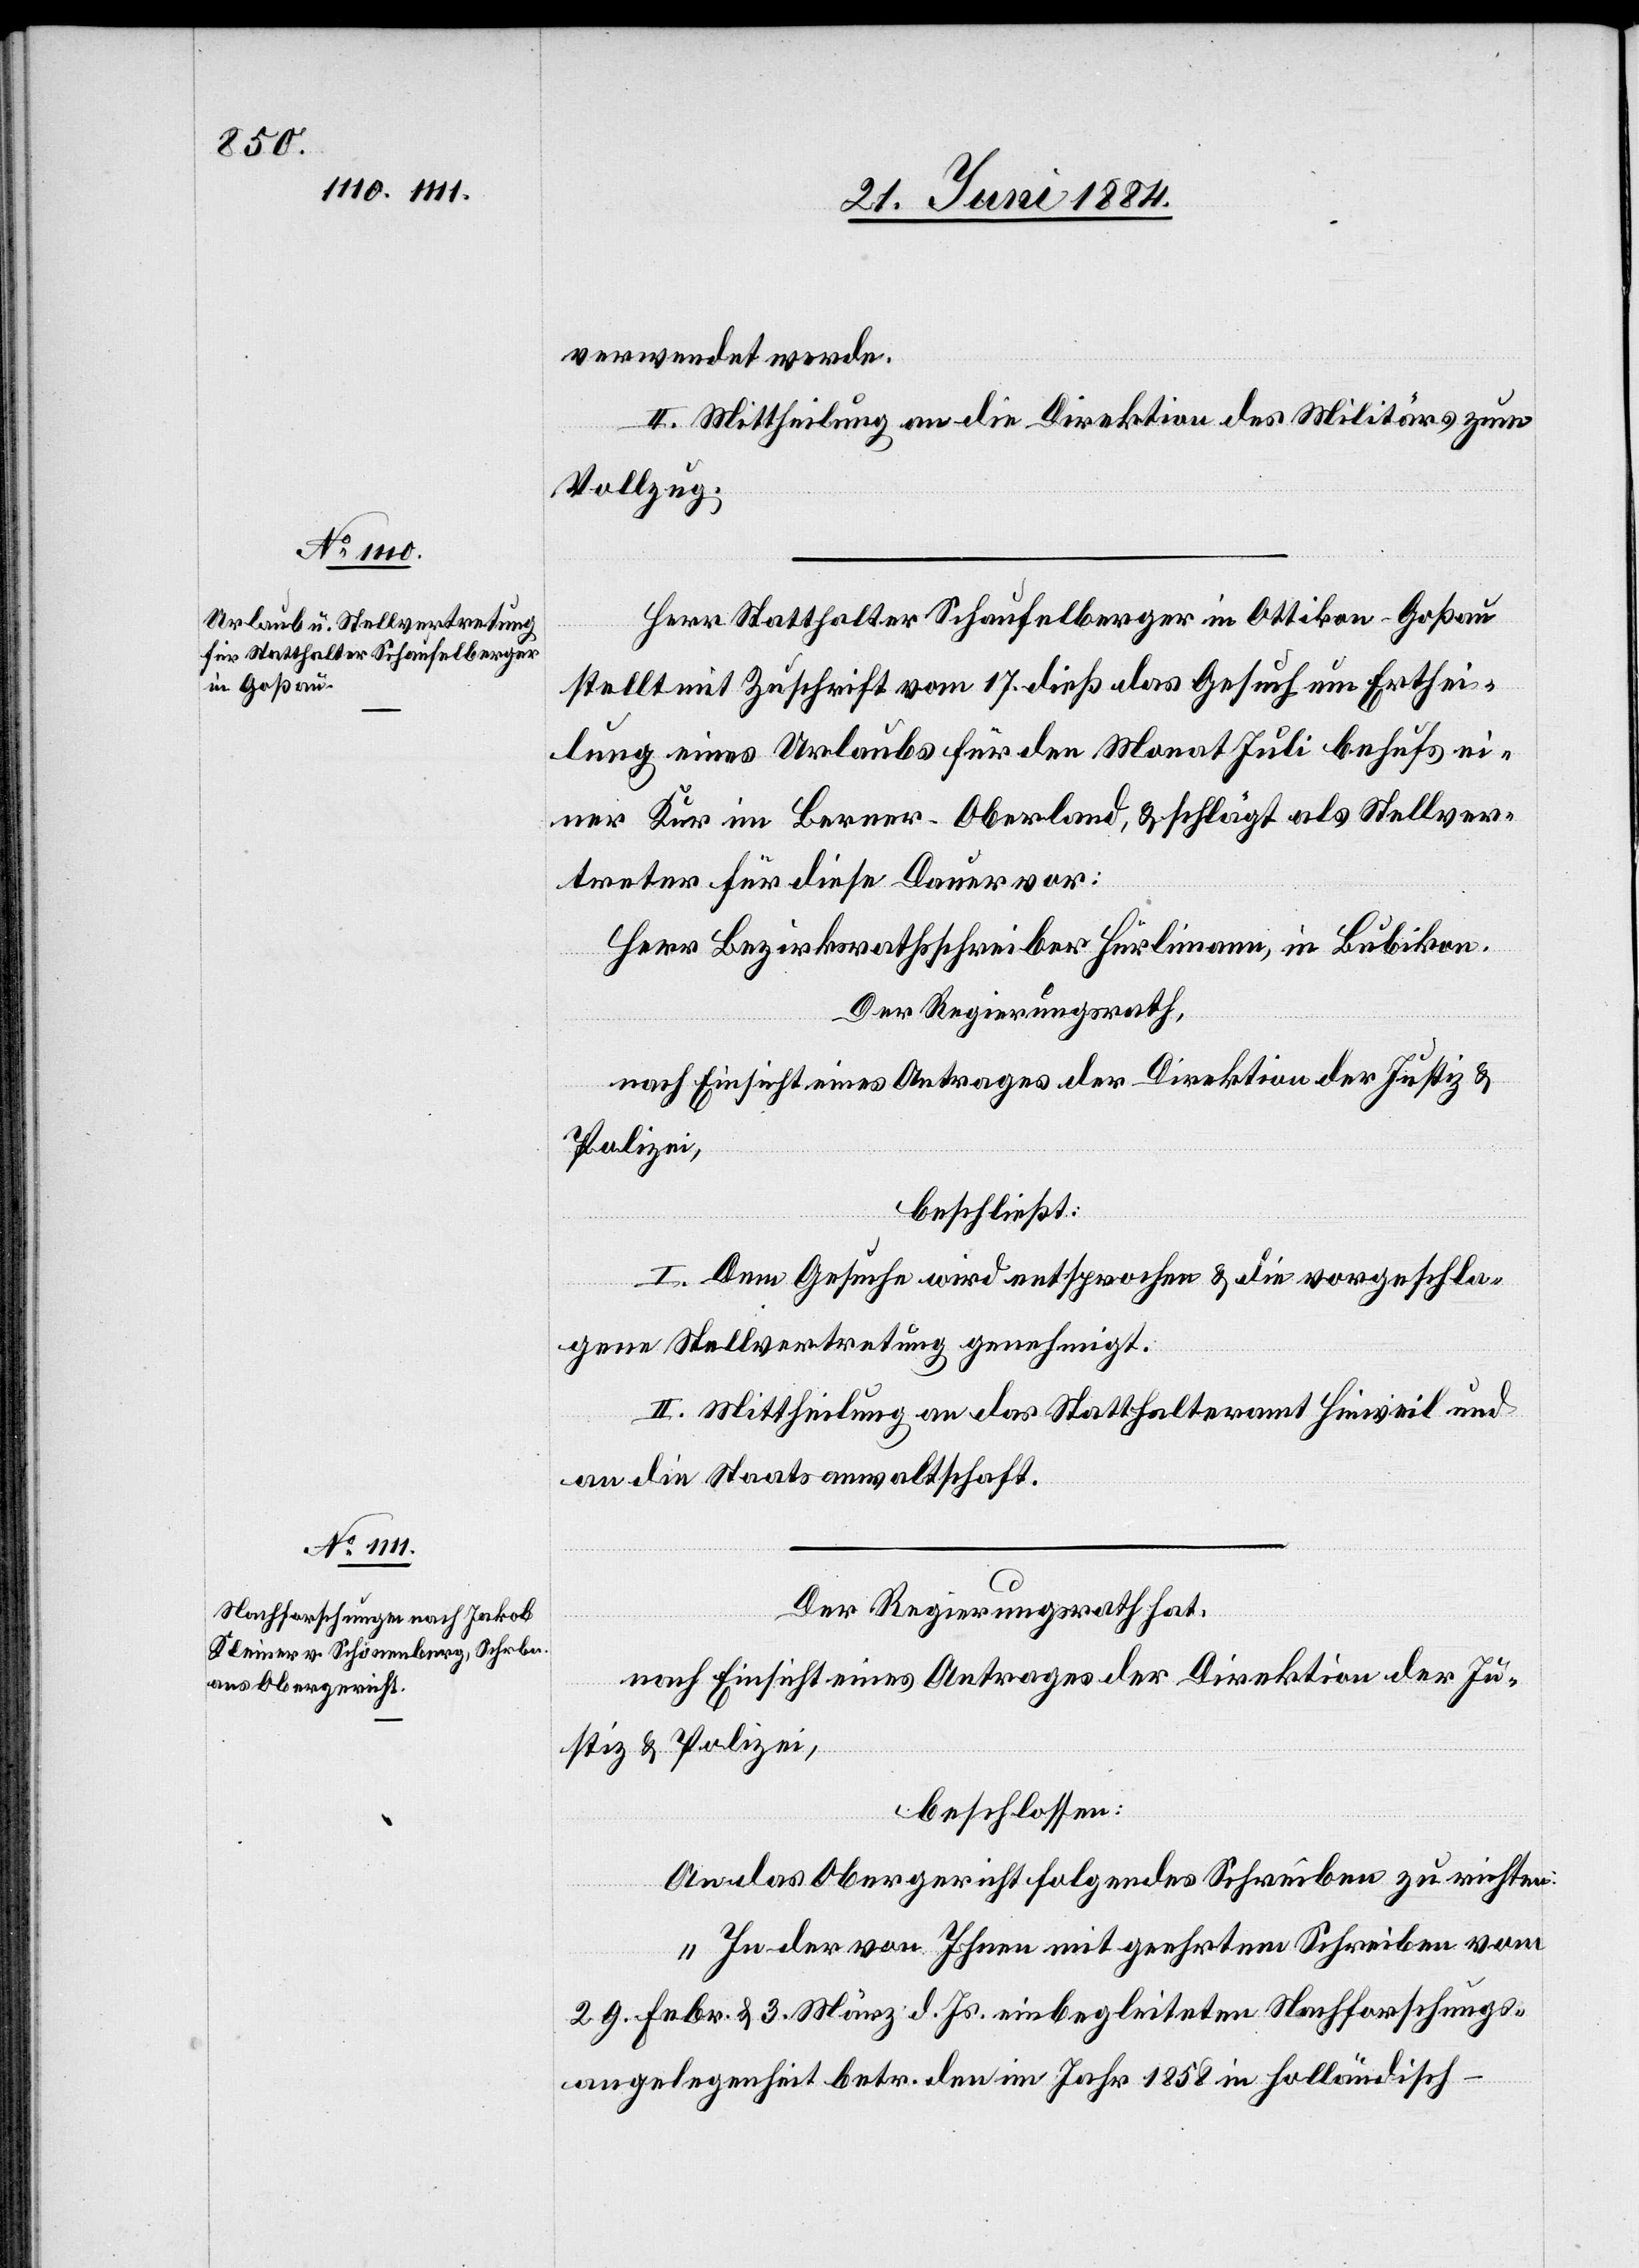
verwendet werde.
II. Mittheilung an die Direktion des Militärs zum
Vollzug.
Herr Statthalter Schaufelberger in Ottikon - Goßau
stellt mit Zuschrift vom 17. dieß das Gesuch um Erthei¬
lung eines Urlaubes für den Monat Juli behufs ei¬
ner Kur im Berner-Oberland, & schlägt als Stellver¬
treter für diese Dauer vor:
Herr Bezirksrathsschreiber Hürlimann, in Bubikon.
Der Regierungsrath,
nach Einsicht eines Antrages der Direktion der Justiz &
Polizei,
beschließt:
I. Dem Gesuche wird entsprochen & die vorgeschla¬
gene Stellvertretung genehmigt.
II. Mittheilung an das Statthalteramt Hinweil und
an die Staatsanwaltschaft.
Der Regierungsrath hat,
nach Einsicht eines Antrages der Direktion der Ju¬
stiz & Polizei,
beschlossen:
An das Obergericht folgendes Schreiben zu richten:
„In der von Ihnen mit geehrtem Schreiben vom
29. Febr. & 3. März d. Js. einbegleiteten Nachforschungs¬
angelegenheit betr. den im Jahr 1858 in holländisch-